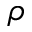
\rho